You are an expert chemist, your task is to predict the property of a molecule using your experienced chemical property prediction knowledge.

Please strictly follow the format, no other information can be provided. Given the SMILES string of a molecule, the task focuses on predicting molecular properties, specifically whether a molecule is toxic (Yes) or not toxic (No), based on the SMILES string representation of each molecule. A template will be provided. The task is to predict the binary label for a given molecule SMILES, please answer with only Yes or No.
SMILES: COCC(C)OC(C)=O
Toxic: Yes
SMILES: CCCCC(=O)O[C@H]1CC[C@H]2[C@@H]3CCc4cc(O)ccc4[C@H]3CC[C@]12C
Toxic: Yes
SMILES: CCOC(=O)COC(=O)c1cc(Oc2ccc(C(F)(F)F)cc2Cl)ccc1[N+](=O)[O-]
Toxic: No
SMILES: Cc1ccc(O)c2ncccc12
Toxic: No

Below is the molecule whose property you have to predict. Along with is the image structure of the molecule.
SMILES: C=CC(=O)OCC(CC)(COC(=O)C=C)COC(=O)C=C
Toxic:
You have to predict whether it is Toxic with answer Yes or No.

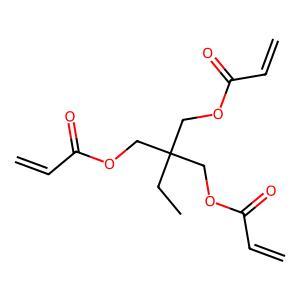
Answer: No